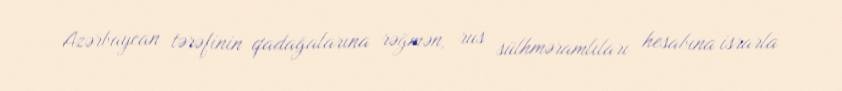
Azərbaycan tərəfinin qadağalarına rəğmən, rus sülhməramlıları hesabına israrla